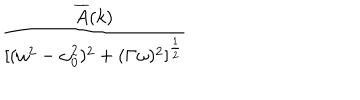
\frac { \overline { { A } } ( k ) } { \lbrack ( \omega ^ { 2 } - \omega _ { 0 } ^ { 2 } ) ^ { 2 } + ( \Gamma \omega ) ^ { 2 } \rbrack ^ { \frac { 1 } { 2 } } }